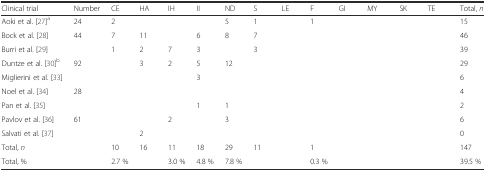
<table><thead><tr><td><b>Clinical trial</b></td><td><b>Number</b></td><td><b>CE</b></td><td><b>HA</b></td><td><b>IH</b></td><td><b>II</b></td><td><b>ND</b></td><td><b>S</b></td><td><b>LE</b></td><td><b>F</b></td><td><b>GI</b></td><td><b>MY</b></td><td><b>SK</b></td><td><b>TE</b></td><td><b>Total, <i>n</i></b></td></tr></thead><tbody><tr><td>Aoki et al. [27]<sup>a</sup></td><td>24</td><td>2</td><td>[EMPTY_CELL]</td><td>[EMPTY_CELL]</td><td>[EMPTY_CELL]</td><td>5</td><td>1</td><td>[EMPTY_CELL]</td><td>1</td><td>[EMPTY_CELL]</td><td>[EMPTY_CELL]</td><td>[EMPTY_CELL]</td><td>[EMPTY_CELL]</td><td>15</td></tr><tr><td>Bock et al. [28]</td><td>44</td><td>7</td><td>11</td><td>[EMPTY_CELL]</td><td>6</td><td>8</td><td>7</td><td>[EMPTY_CELL]</td><td>[EMPTY_CELL]</td><td>[EMPTY_CELL]</td><td>[EMPTY_CELL]</td><td>[EMPTY_CELL]</td><td>[EMPTY_CELL]</td><td>46</td></tr><tr><td>Burri et al. [29]</td><td>[EMPTY_CELL]</td><td>1</td><td>2</td><td>7</td><td>3</td><td>[EMPTY_CELL]</td><td>3</td><td>[EMPTY_CELL]</td><td>[EMPTY_CELL]</td><td>[EMPTY_CELL]</td><td>[EMPTY_CELL]</td><td>[EMPTY_CELL]</td><td>[EMPTY_CELL]</td><td>39</td></tr><tr><td>Duntze et al. [30]<sup>b</sup></td><td>92</td><td>[EMPTY_CELL]</td><td>3</td><td>2</td><td>5</td><td>12</td><td>[EMPTY_CELL]</td><td>[EMPTY_CELL]</td><td>[EMPTY_CELL]</td><td>[EMPTY_CELL]</td><td>[EMPTY_CELL]</td><td>[EMPTY_CELL]</td><td>[EMPTY_CELL]</td><td>29</td></tr><tr><td>Miglierini et al. [33]</td><td>[EMPTY_CELL]</td><td>[EMPTY_CELL]</td><td>[EMPTY_CELL]</td><td>[EMPTY_CELL]</td><td>3</td><td>[EMPTY_CELL]</td><td>[EMPTY_CELL]</td><td>[EMPTY_CELL]</td><td>[EMPTY_CELL]</td><td>[EMPTY_CELL]</td><td>[EMPTY_CELL]</td><td>[EMPTY_CELL]</td><td>[EMPTY_CELL]</td><td>6</td></tr><tr><td>Noel et al. [34]</td><td>28</td><td>[EMPTY_CELL]</td><td>[EMPTY_CELL]</td><td>[EMPTY_CELL]</td><td>[EMPTY_CELL]</td><td>[EMPTY_CELL]</td><td>[EMPTY_CELL]</td><td>[EMPTY_CELL]</td><td>[EMPTY_CELL]</td><td>[EMPTY_CELL]</td><td>[EMPTY_CELL]</td><td>[EMPTY_CELL]</td><td>[EMPTY_CELL]</td><td>4</td></tr><tr><td>Pan et al. [35]</td><td>[EMPTY_CELL]</td><td>[EMPTY_CELL]</td><td>[EMPTY_CELL]</td><td>[EMPTY_CELL]</td><td>1</td><td>1</td><td>[EMPTY_CELL]</td><td>[EMPTY_CELL]</td><td>[EMPTY_CELL]</td><td>[EMPTY_CELL]</td><td>[EMPTY_CELL]</td><td>[EMPTY_CELL]</td><td>[EMPTY_CELL]</td><td>2</td></tr><tr><td>Pavlov et al. [36]</td><td>61</td><td>[EMPTY_CELL]</td><td>[EMPTY_CELL]</td><td>2</td><td>[EMPTY_CELL]</td><td>3</td><td>[EMPTY_CELL]</td><td>[EMPTY_CELL]</td><td>[EMPTY_CELL]</td><td>[EMPTY_CELL]</td><td>[EMPTY_CELL]</td><td>[EMPTY_CELL]</td><td>[EMPTY_CELL]</td><td>6</td></tr><tr><td>Salvati et al. [37]</td><td>[EMPTY_CELL]</td><td>[EMPTY_CELL]</td><td>2</td><td>[EMPTY_CELL]</td><td>[EMPTY_CELL]</td><td>[EMPTY_CELL]</td><td>[EMPTY_CELL]</td><td>[EMPTY_CELL]</td><td>[EMPTY_CELL]</td><td>[EMPTY_CELL]</td><td>[EMPTY_CELL]</td><td>[EMPTY_CELL]</td><td>[EMPTY_CELL]</td><td>0</td></tr><tr><td>Total, <i>n</i></td><td>[EMPTY_CELL]</td><td>10</td><td>16</td><td>11</td><td>18</td><td>29</td><td>11</td><td>[EMPTY_CELL]</td><td>1</td><td>[EMPTY_CELL]</td><td>[EMPTY_CELL]</td><td>[EMPTY_CELL]</td><td>[EMPTY_CELL]</td><td>147</td></tr><tr><td>Total, %</td><td>[EMPTY_CELL]</td><td>2.7 %</td><td>[EMPTY_CELL]</td><td>3.0 %</td><td>4.8 %</td><td>7.8 %</td><td>[EMPTY_CELL]</td><td>[EMPTY_CELL]</td><td>0.3 %</td><td>[EMPTY_CELL]</td><td>[EMPTY_CELL]</td><td>[EMPTY_CELL]</td><td>[EMPTY_CELL]</td><td>39.5 %</td></tr></tbody></table>